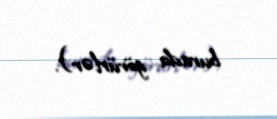
burada görürlər).